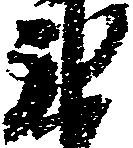
衛